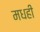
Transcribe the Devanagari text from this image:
मधही